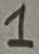
Text: 1